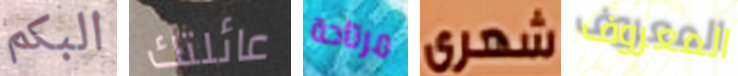
البكم عائلتك مرتاحة شهرى المعروف